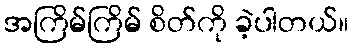
အကြိမ်ကြိမ် စိတ်ကို ခဲ့ပါတယ်။